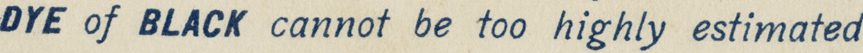
DYE of BLACK cannot be too highly estimated